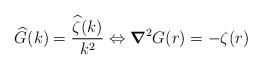
LaTeX: \begin{align*} \widehat{G}(k) = \frac{\widehat{\zeta}(k)}{k^2} \Leftrightarrow \boldsymbol{\nabla}^2 G(r) = -\zeta(r) \end{align*}